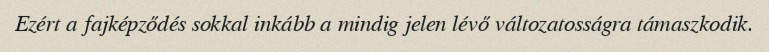
Ezért a fajképződés sokkal inkább a mindig jelen lévő változatosságra támaszkodik.